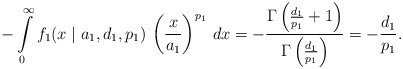
\begin{align*}- \int\limits_{0}^{\infty} f_1(x \mid a_1, d_1, p_1) \, \left( \frac{x}{a_1} \right)^{p_1} \, dx = - \frac{\Gamma \left(\frac{d_1}{p_1} + 1\right)}{\Gamma \left(\frac{d_1}{p_1}\right)} = - \frac{d_1}{p_1}.\end{align*}